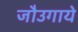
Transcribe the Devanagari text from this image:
जौउगाये